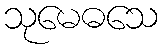
သုမေဓသေ